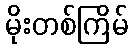
မိုးတစ်ကြိမ်